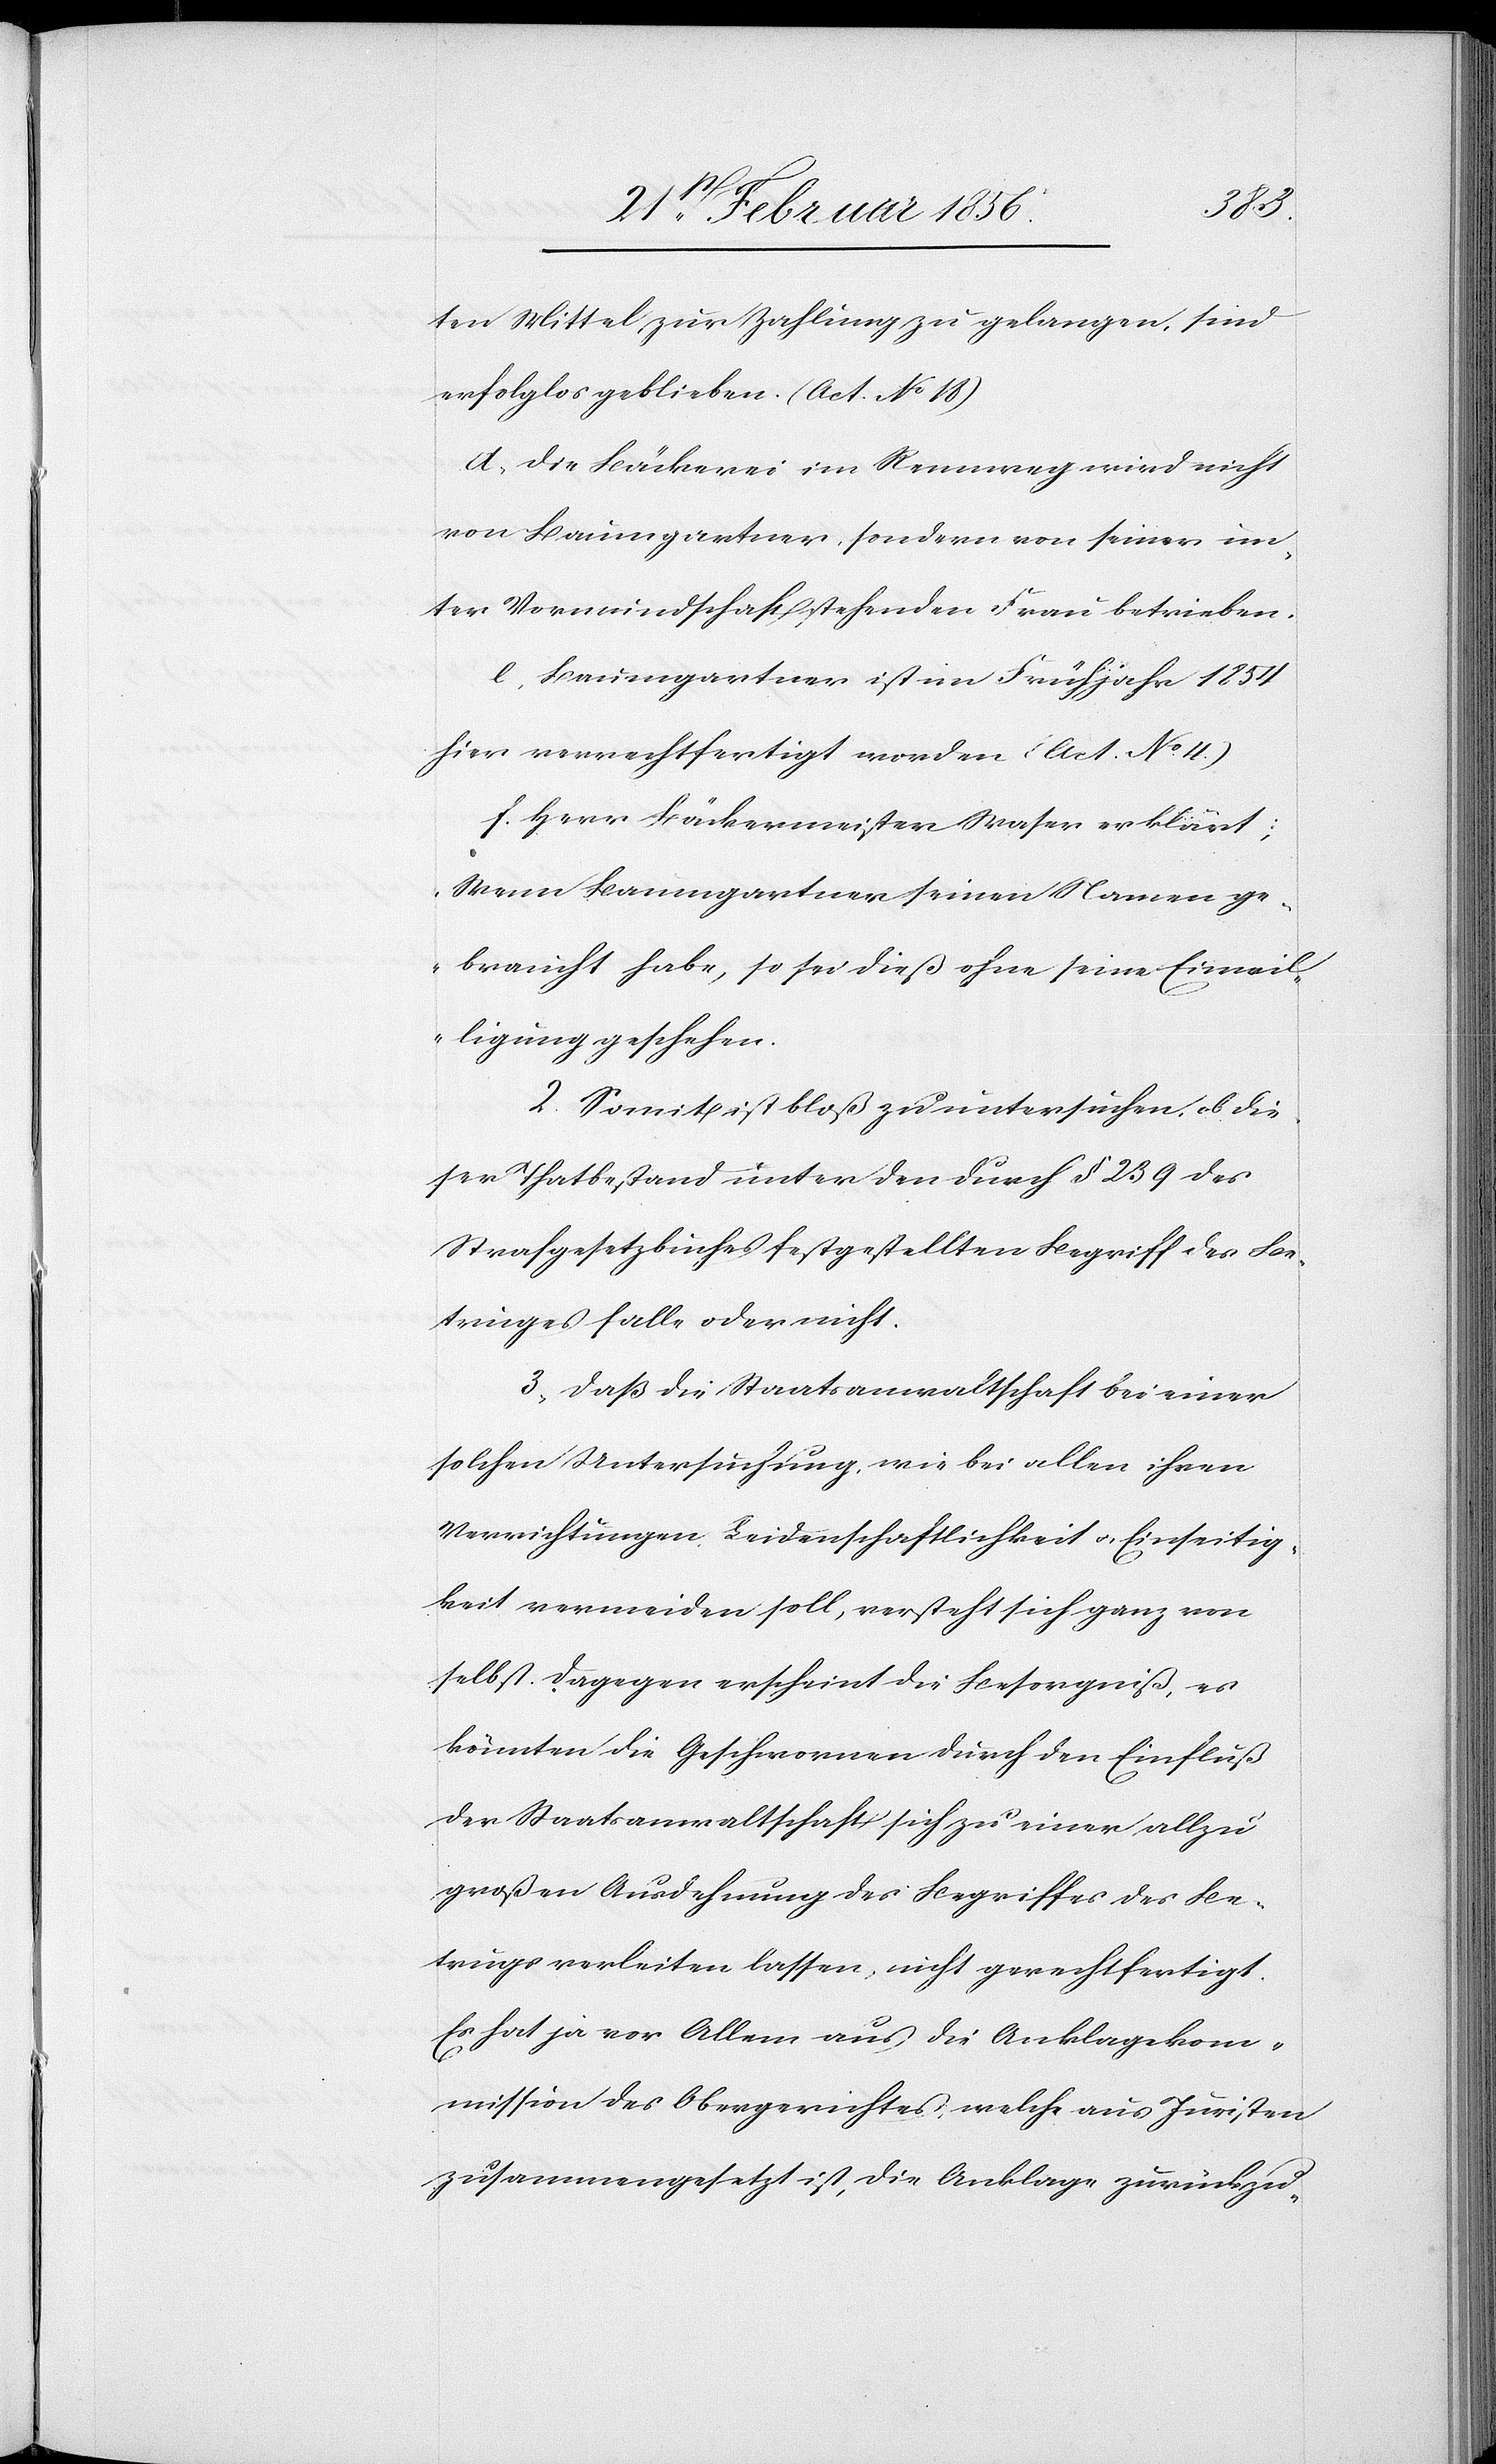
ten Mittel zur Zahlung zu gelangen, sind
erfolglos geblieben. (Act. No 18)
d., Die Bäckerei im Rennweg wird nicht
von Baumgartner, sondern von seiner un¬
ter Vormundschaft stehenden Frau betrieben.
e, Baumgartner ist im Frühjahr 1854
hier verrechtfertigt worden (Act. No 4.)
f. Herr Bäckermeister Waser erklärt:
„Wenn Baumgartner seinen Namen ge¬
braucht habe, so sei dieß ohne seine Einwil¬
ligung geschehen.
2. Somit ist bloß zu untersuchen, ob die¬
ser Thatbestand unter den durch § 239 des
Strafgesetzbuches festgestellten Begriff des Be¬
truges falle oder nicht.
3., Daß die Staatsanwaltschaft bei einer
solchen Untersuchung, wie bei allen ihren
Verrichtungen Leidenschaftlichkeit u. Einseitig¬
keit vermeiden soll, versteht sich ganz von
selbst. Dagegen erscheint die Besorgniß, es
könnten die Geschwornen durch den Einfluß
der Staatsanwaltschaft sich zu einer allzu
großen Ausdehnung des Begriffes des Be¬
trugs verleiten lassen, nicht gerechtfertigt.
Es hat ja vor Allem aus die Anklagekom¬
mission des Obergerichtes, welche aus Juristen
zusammengesetzt ist, die Anklage zurückzu-